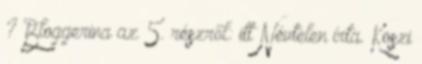
? Bloggerina az 5. részről: itt Névtelen írta. Koszi